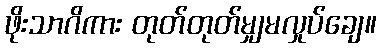
ဖိုးသာဂိကား တုတ်တုတ်မျှမလှုပ်ချေ။